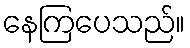
နေကြပေသည်။